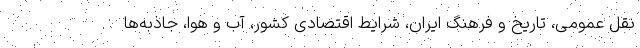
نقل عمومی، تاریخ و فرهنگ ایران، شرایط اقتصادی کشور، آب و هوا، جاذبه­ها